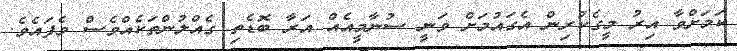
ކަމަށްވާ އިރު މީގެކުރިން އެގައުމަށް ވަނީ ސުނާމީއެއް އަރާ ބޮޑެތި ގެއްލުންތަކެއްވެސް ވެފައެވެ.